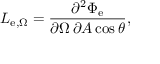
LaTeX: L _ { \mathrm { e } , \Omega } = { \frac { \partial ^ { 2 } \Phi _ { \mathrm { e } } } { \partial \Omega \, \partial A \cos \theta } } ,